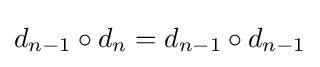
d_{n-1}\circ d_{n}=d_{n-1}\circ d_{n-1}